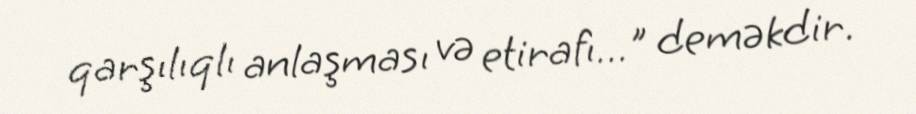
qarşılıqlı anlaşması və etirafı…" deməkdir.